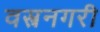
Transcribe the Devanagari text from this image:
वस्त्रनगरी